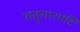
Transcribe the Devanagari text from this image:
शत्रुनाशादि